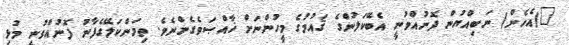
"(އެހެން) ނަބިއްޔުން ފޮނުއްވުނީ އެބޭކަލުންގެ ޤައުމުގެ މީހުންނަށް ޚާއްޞަވެގެންނެވެ. ތިމަންކަލޭގެފާނު ފޮނުއްވުނީ މުޅި